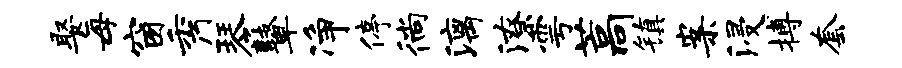
娶每窗秀琴鼙净停徜漓潦雩藁镇案浸搏套